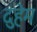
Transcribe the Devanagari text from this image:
दुहेम